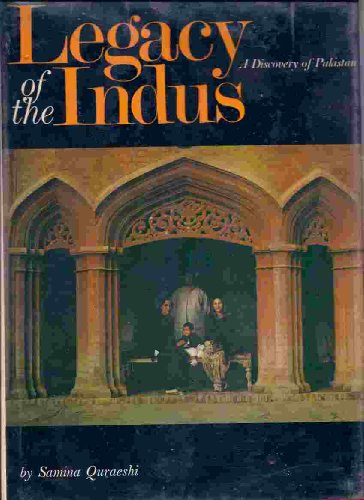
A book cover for Legacy of the Indus: Discovery of Pakistan; Samina Quraeshi; Travel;